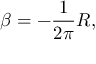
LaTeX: \beta = - \frac { 1 } { 2 \pi } R ,